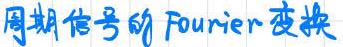
周期信号的Fourier变换